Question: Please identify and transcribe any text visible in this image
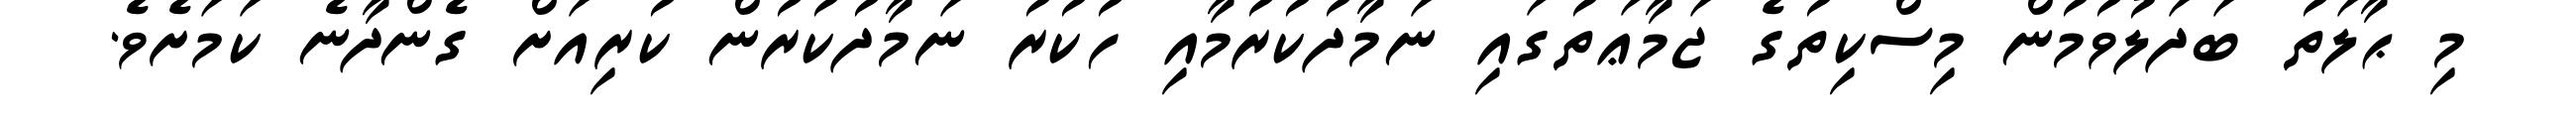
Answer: މި ޙާލަތު ބަދަލުވުމުން މިސްކިތުގެ ޖަމާޢަތުގައި ނަމާދުކުރުމާއި ހުކުރު ނަމާދުކުރުން ކުރިއަށް ގެންދާނެ ކަމަށެވެ.